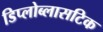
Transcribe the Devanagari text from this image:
डिप्लोब्लासटिक